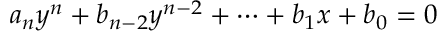
a _ { n } y ^ { n } + b _ { n - 2 } y ^ { n - 2 } + \dots + b _ { 1 } x + b _ { 0 } = 0